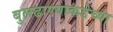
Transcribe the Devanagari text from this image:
बुलढाण्याकडेच्या